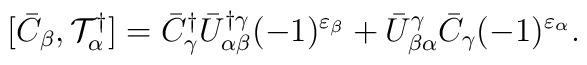
[\bar{C}_\beta,{\cal T}^\dagger_\alpha]=\bar{C}^\dagger_\gamma\bar{U}^{\dagger\gamma}_{\alpha\beta}(-1)^{\varepsilon_\beta}+\bar{U}^\gamma_{\beta\alpha}\bar{C}_\gamma(-1)^{\varepsilon_\alpha}.